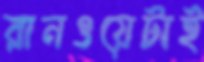
রানওয়েটাই